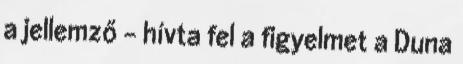
a jellemző - hívta fel a figyelmet a Duna